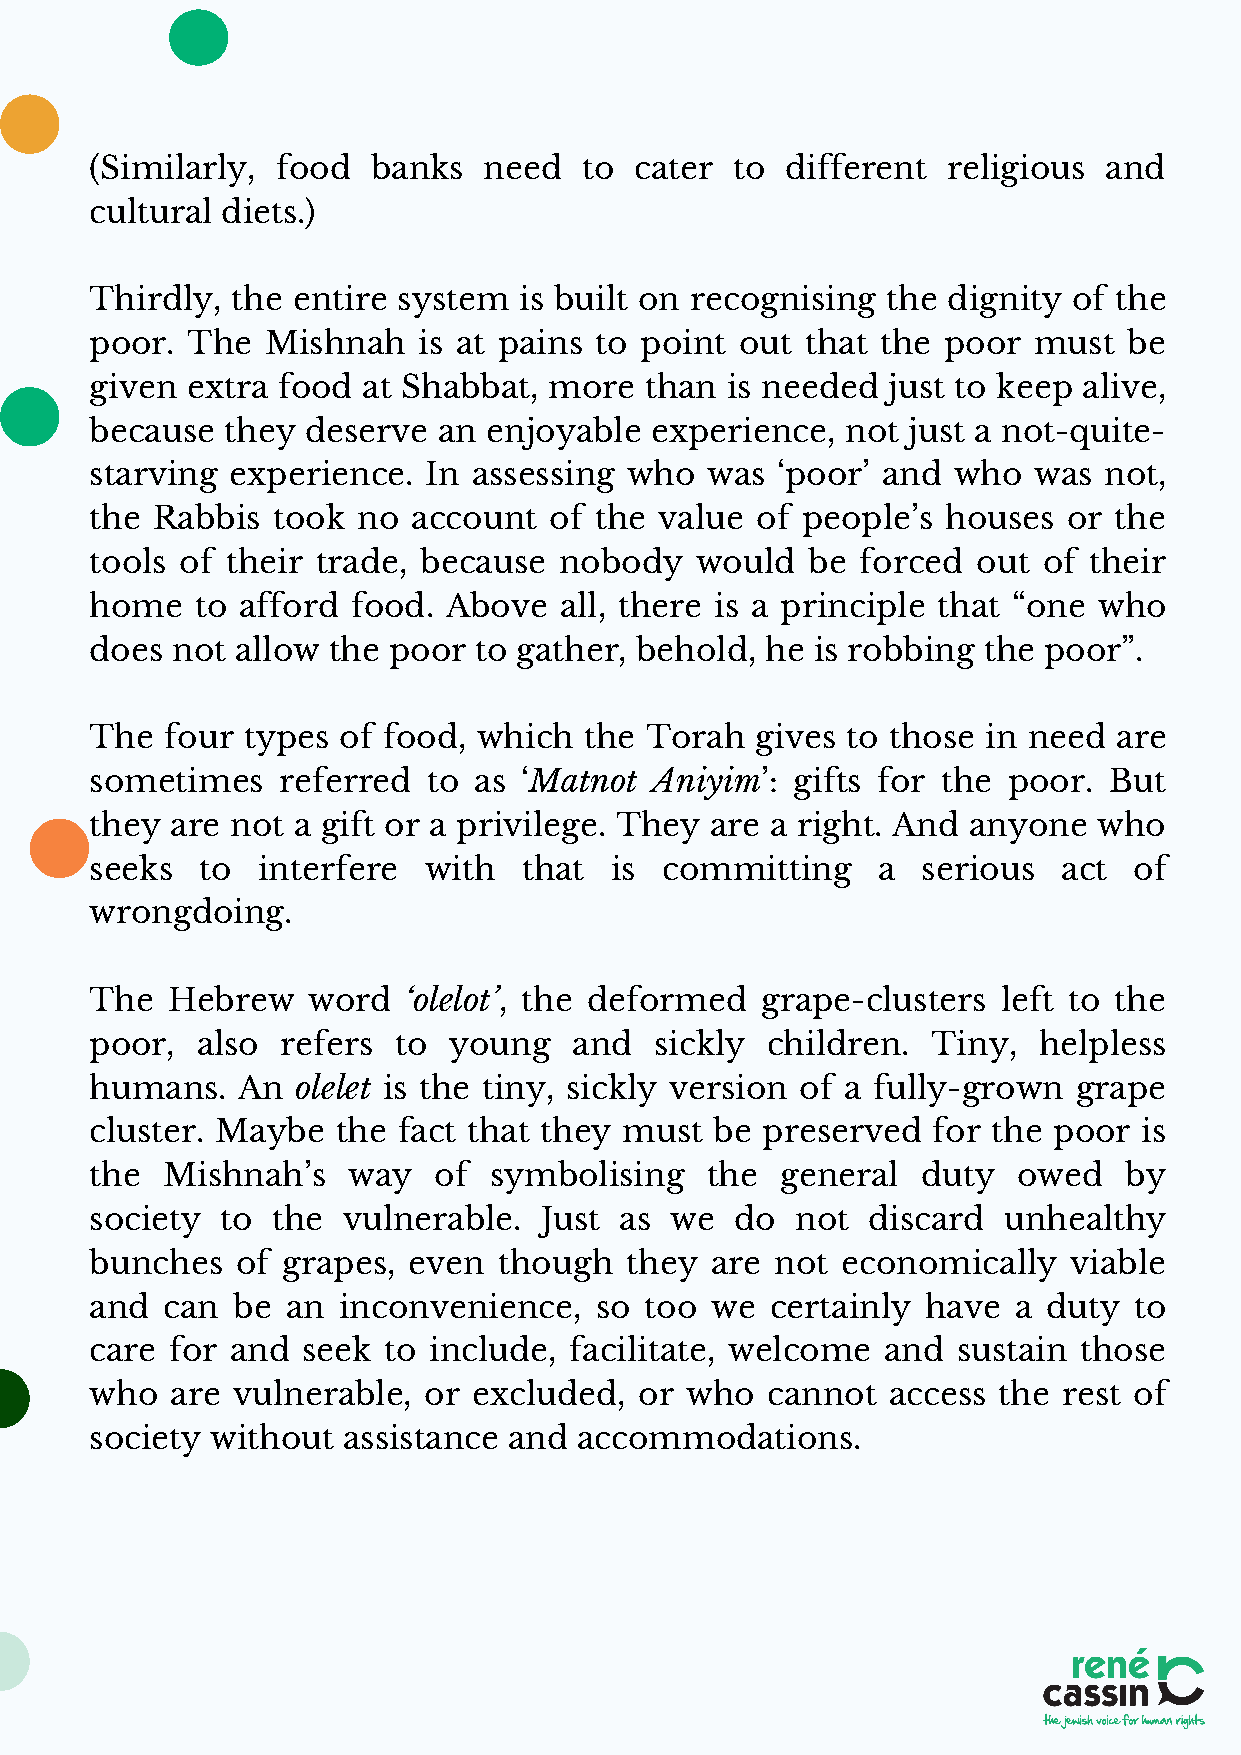
(Similarly, food   banks  need   to cater  to different  religious and
 cultural diets.)
 Thirdly, the entire system  is built on recognising  the dignity of the
 poor. The   Mishnah   is at pains to point out that the poor  must   be
 given extra food  at Shabbat, more   than is needed  just to keep alive,
 because  they deserve  an enjoyable  experience,  not just a not-quite-
 starving experience.  In assessing who   was ‘poor’ and  who  was  not,
 the Rabbis  took  no account  of the  value of people’s  houses  or the
 tools of their trade, because  nobody   would  be  forced  out of their
 home   to afford food.  Above  all, there is a principle that “one who
 does not  allow the poor to gather, behold,  he is robbing the poor”.
 The  four types of food,  which  the Torah  gives to those in need  are
 sometimes   referred  to as ‘Matnot  Aniyim’: gifts for the  poor. But
 they are not a gift or a privilege. They are a right. And anyone   who
 seeks  to  interfere  with   that is  committing    a  serious  act  of
 wrongdoing.
 The  Hebrew   word   ‘olelot’, the deformed grape-clusters  left to the
 poor,  also  refers to  young   and  sickly  children.  Tiny,  helpless
 humans.   An  olelet is the tiny, sickly version of a fully-grown grape
 cluster. Maybe  the fact that they must  be preserved   for the poor  is
 the  Mishnah’s   way   of symbolising    the  general  duty  owed   by
 society  to the  vulnerable.  Just as we   do  not discard  unhealthy
 bunches   of grapes, even  though  they  are not  economically   viable
 and  can be  an inconvenience,   so  too we  certainly have  a duty  to
 care for and  seek to include,  facilitate, welcome  and sustain those
 who  are vulnerable,  or excluded,  or who   cannot  access the rest of
 society without  assistance and accommodations.